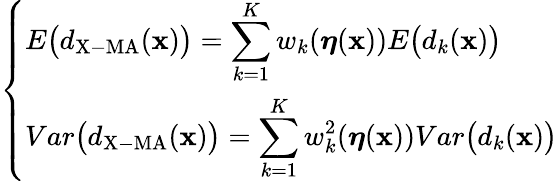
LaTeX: \left\{ \begin{array}{ll}{\displaystyle E\bigl(d_{\mathrm{X-MA}}(\mathbf{x})\bigr)=\sum_{k=1}^{K}w_{k}(\boldsymbol{\eta}(\mathbf{x}))E\bigl(d_{k}(\mathbf{x})\bigr)}\\ {\displaystyle Var\bigl(d_{\mathrm{X-MA}}(\mathbf{x})\bigr)=\sum_{k=1}^{K}w_{k}^{2}(\boldsymbol{\eta}(\mathbf{x}))Var\bigl(d_{k}(\mathbf{x})\bigr)}\end{array}\right.